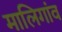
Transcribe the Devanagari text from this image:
मालिगांव